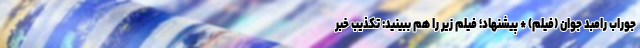
جوراب رامبد جوان (فیلم) * پیشنهاد؛ فیلم‌ زیر را هم ببینید: تکذیب خبر